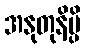
အနုတုနိမ္ပိ